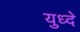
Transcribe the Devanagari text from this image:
युध्दे